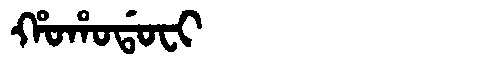
Manchu: ᡥᠣᡥᠣᡩᠣᠸᡳ
Romanization: HOHODOFI